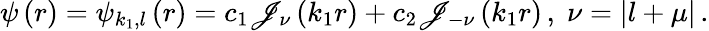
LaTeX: \psi\left(r\right)=\psi_{k_{1},l}\left(r\right)=c_{1}\mathscr{J}_{\nu}\left(k_{1}r\right)+c_{2}\mathscr{J}_{-\nu}\left(k_{1}r\right)\, ,\; \nu=\left|l+\mu\right|\, .